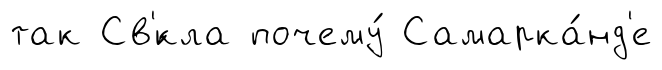
так Св'́кла почему́ Самарка́нд'е